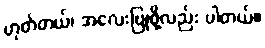
ဟုတ်တယ်၊ အလေးပြုဖို့လည်း ပါတယ်။